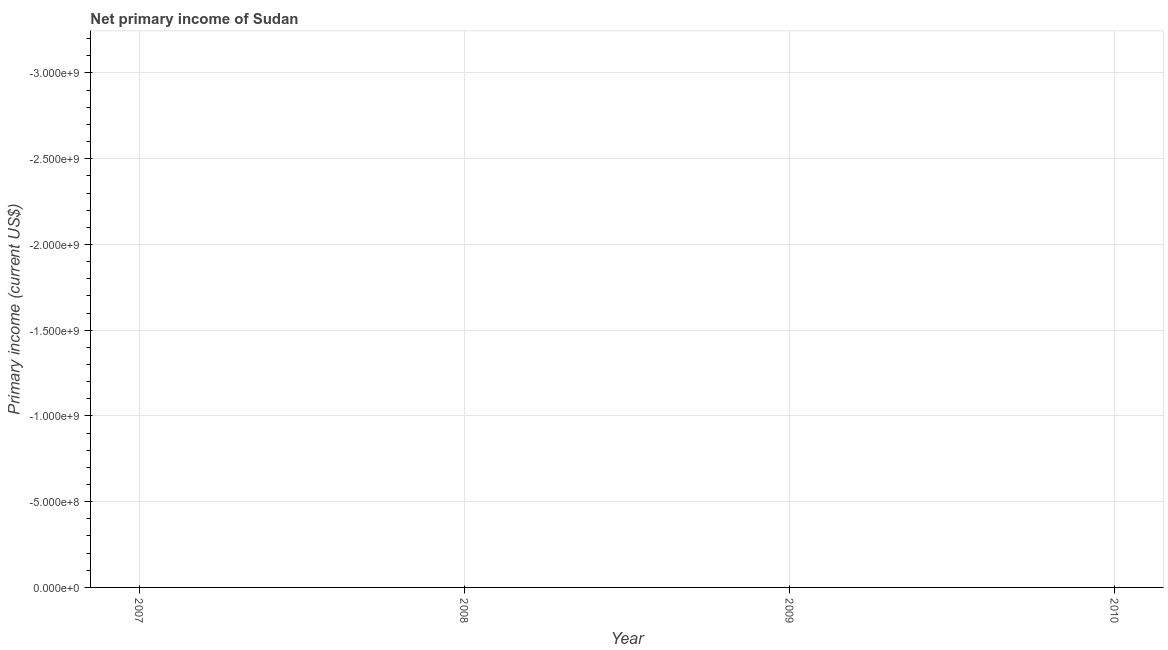
| Year | Net primary income |
 | --- | --- |
 | 2007 | -3.36e+09 |
 | 2008 | -5.54e+09 |
 | 2009 | -4.1e+09 |
 | 2010 | -4.17e+09 |